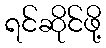
ရင်ဆိုင်ဖို့